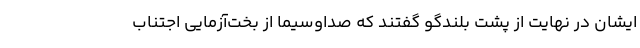
ایشان در نهایت از پشت بلندگو گفتند که صداوسیما از بخت‌آزمایی اجتناب